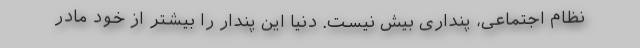
نظام اجتماعی، پنداری بیش نیست. دنیا این پندار را بیشتر از خود مادر